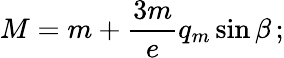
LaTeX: M=m+\frac{3m}{e}q_{m}\sin\beta\, ;